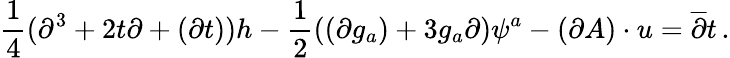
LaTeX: \frac{1}{4}(\partial^{3}+2t\partial+(\partial t))h-\frac{1}{2}((\partial g_{a})+3g_{a}\partial)\psi^{a}-(\partial A)\cdot u=\overline{{{\partial}}}t\, .